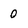
Character: 0